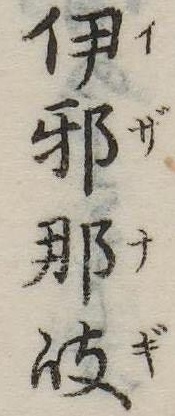
伊邪那岐